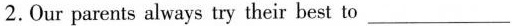
2.Our parents always try their best to ___